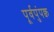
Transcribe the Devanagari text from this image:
पूर्वपुंपक्व